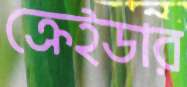
ক্রেইডার